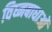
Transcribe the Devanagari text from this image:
विघ्नबाधाओं